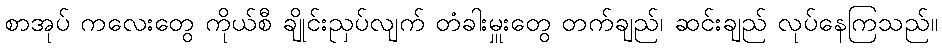
စာအုပ် ကလေးတွေ ကိုယ်စီ ချိုင်းညှပ်လျက် တံခါးမှူးတွေ တက်ချည်၊ ဆင်းချည် လုပ်နေကြသည်။